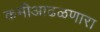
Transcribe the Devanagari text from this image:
कमीआढळणारा